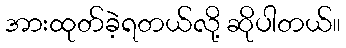
အားထုတ်ခဲ့ရတယ်လို့ ဆိုပါတယ်။